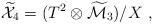
LaTeX: \begin{align*}{\widetilde {\cal X}}_4=(T^2\otimes{\widetilde {\cal M}}_3)/X~,\end{align*}